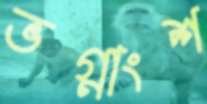
ভগ্নাংশ